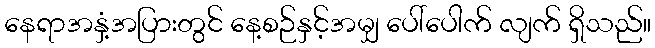
နေရာအနှံ့အပြားတွင် နေ့စဉ်နှင့်အမျှ ပေါ်ပေါက် လျက် ရှိသည်။